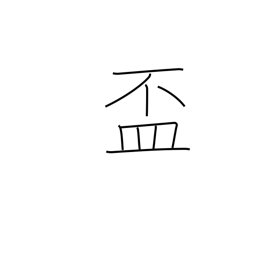
Meaning: cup